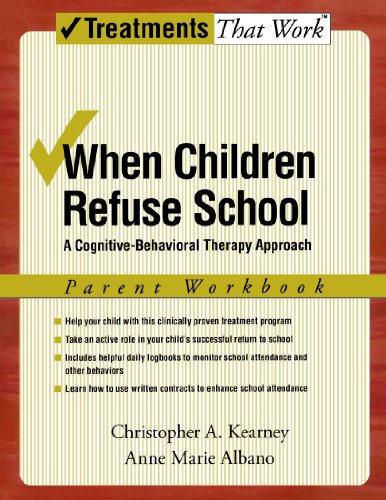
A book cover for When Children Refuse School: A Cognitive-Behavioral Therapy Approach Parent Workbook (Treatments That Work); Christopher A. Kearney; Parenting & Relationships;